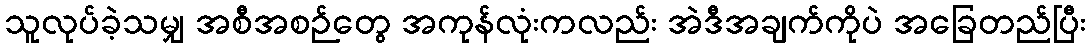
သူလုပ်ခဲ့သမျှ အစီအစဉ်တွေ အကုန်လုံးကလည်း အဲဒီအချက်ကိုပဲ အခြေတည်ပြီး